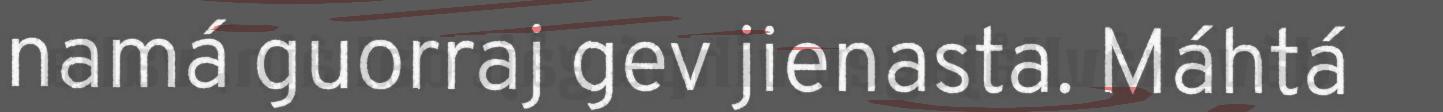
namá guorraj gev jienasta. Máhtá